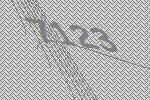
7123